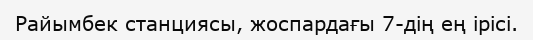
Райымбек станциясы, жоспардағы 7-дің ең ірісі.